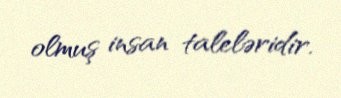
olmuş insan taleləridir.